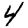
Digit: 4